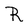
Character: R